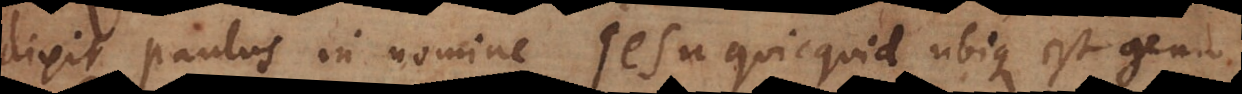
dixit Paulus in nomine Jesu quicquid ubique est genu